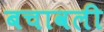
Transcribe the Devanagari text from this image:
बचावली